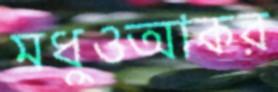
মধুওআকর